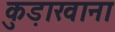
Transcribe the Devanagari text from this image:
कुड़ाखाना